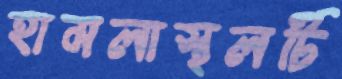
হামলাস্থলটি